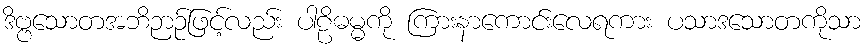
ဒိဗ္ဗသောတအဘိဉာဉ်ဖြင့်လည်း ပါဠိဓမ္မကို ကြားနာကောင်းလေရကား ပသာဒသောတကိုသာ